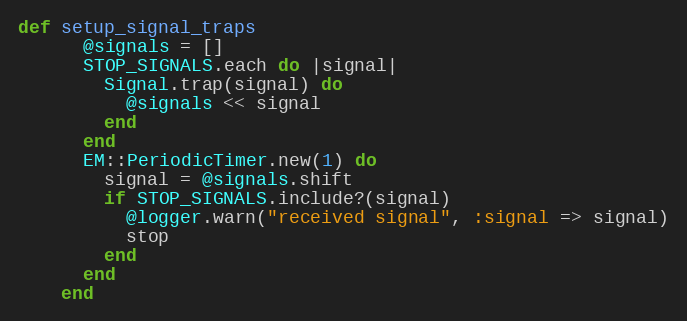
Language: Ruby
def setup_signal_traps
      @signals = []
      STOP_SIGNALS.each do |signal|
        Signal.trap(signal) do
          @signals << signal
        end
      end
      EM::PeriodicTimer.new(1) do
        signal = @signals.shift
        if STOP_SIGNALS.include?(signal)
          @logger.warn("received signal", :signal => signal)
          stop
        end
      end
    end